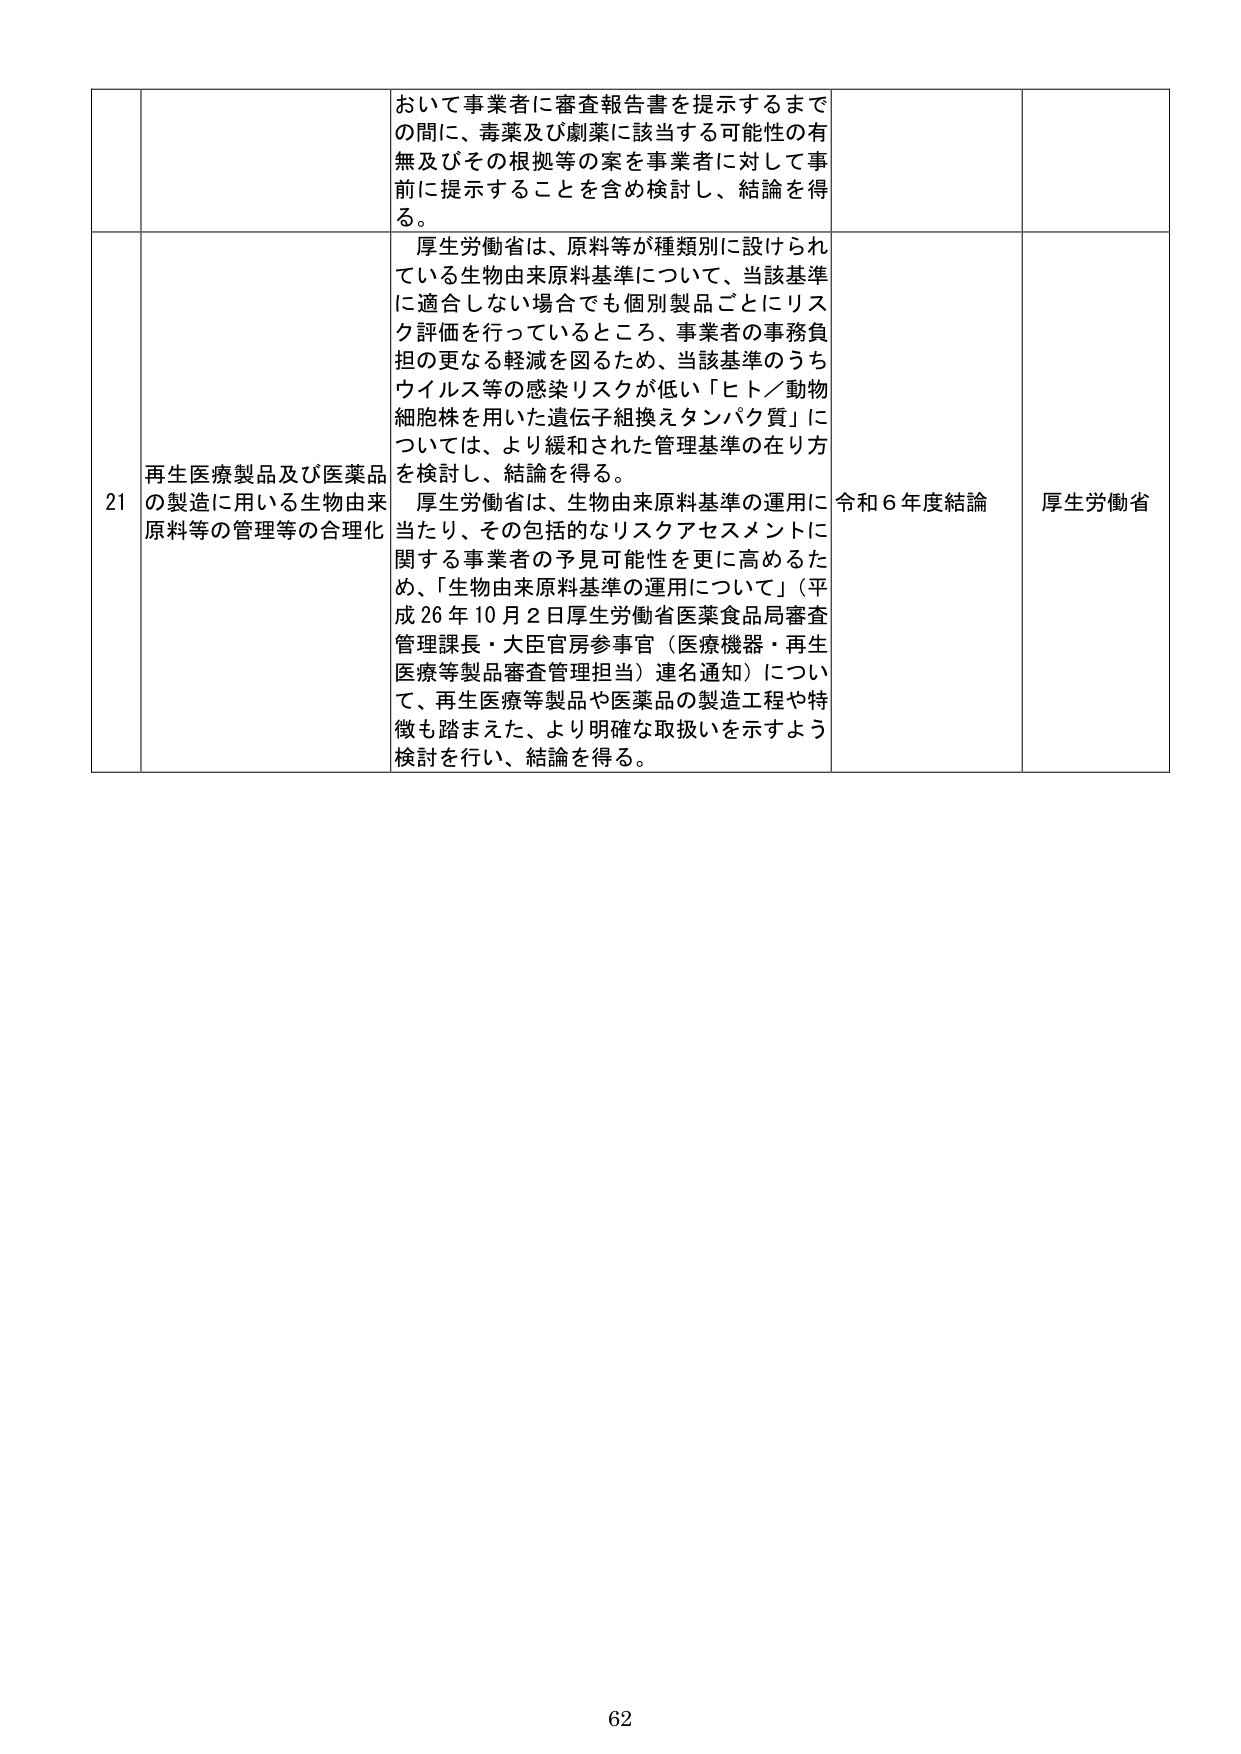
おいて事業者に審査報告書を提示するまでの間に、毒薬及び劇薬に該当する可能性の有無及びその根拠等の案を事業者に対して事前に提示することを含め検討し、結論を得る。

21 再生医療製品及び医薬品の製造に用いる生物由来原料等の管理等の合理化

厚生労働省は、原料等が種類別に設けられている生物由来原料基準について、当該基準に適合しない場合でも個別製品ごとにリスク評価を行っているところ、事業者の事務負担の更なる軽減を図るため、当該基準のうちウイルス等の感染リスクが低い「ヒト／動物細胞株を用いた遺伝子組換えタンパク質」については、より緩和された管理基準の在り方を検討し、結論を得る。

厚生労働省は、生物由来原料基準の運用に当たり、その包括的なリスクアセスメントに関する事業者の予見可能性を更に高めるため、「生物由来原料基準の運用について」（平成26年10月2日厚生労働省医薬食品局審査管理課長・大臣官房参事官（医療機器・再生医療等製品審査管理担当）連名通知）について、再生医療等製品や医薬品の製造工程や特徴も踏まえた、より明確な取扱いを示すよう検討を行い、結論を得る。

令和6年度結論

厚生労働省

62